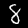
Label: 8